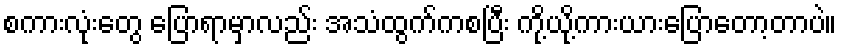
စကားလုံးတွေ ပြောရာမှာလည်း အသံထွက်ကစပြီး ကို့ယို့ကားယားပြောတော့တာပဲ။